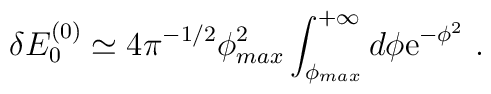
\delta E_0^{(0)} \simeq4 \pi^{-1/2}\phi_{max}^{2}\int_{\phi_{max}}^{+\infty}d\phi{\rm e}^{-\phi^2}\ .